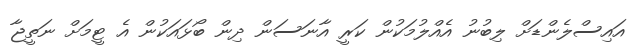
އައިސްލެންޑަށް ލިބުނު އެއްލުމަކުން ކަރީ އާނަސަން ދިން ބޯޅައަކުން އެ ޓީމަށް ނަތީޖާ